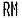
RM